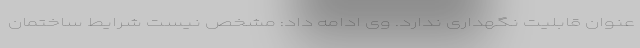
عنوان قابلیت نگهداری ندارد. وی ادامه داد: مشخص نیست شرایط ساختمان